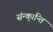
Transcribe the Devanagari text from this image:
संन्क॒।न्ति